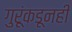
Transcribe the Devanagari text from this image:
गुरूंकडूनही